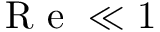
\mathrm { ~ R ~ e ~ } \ll 1